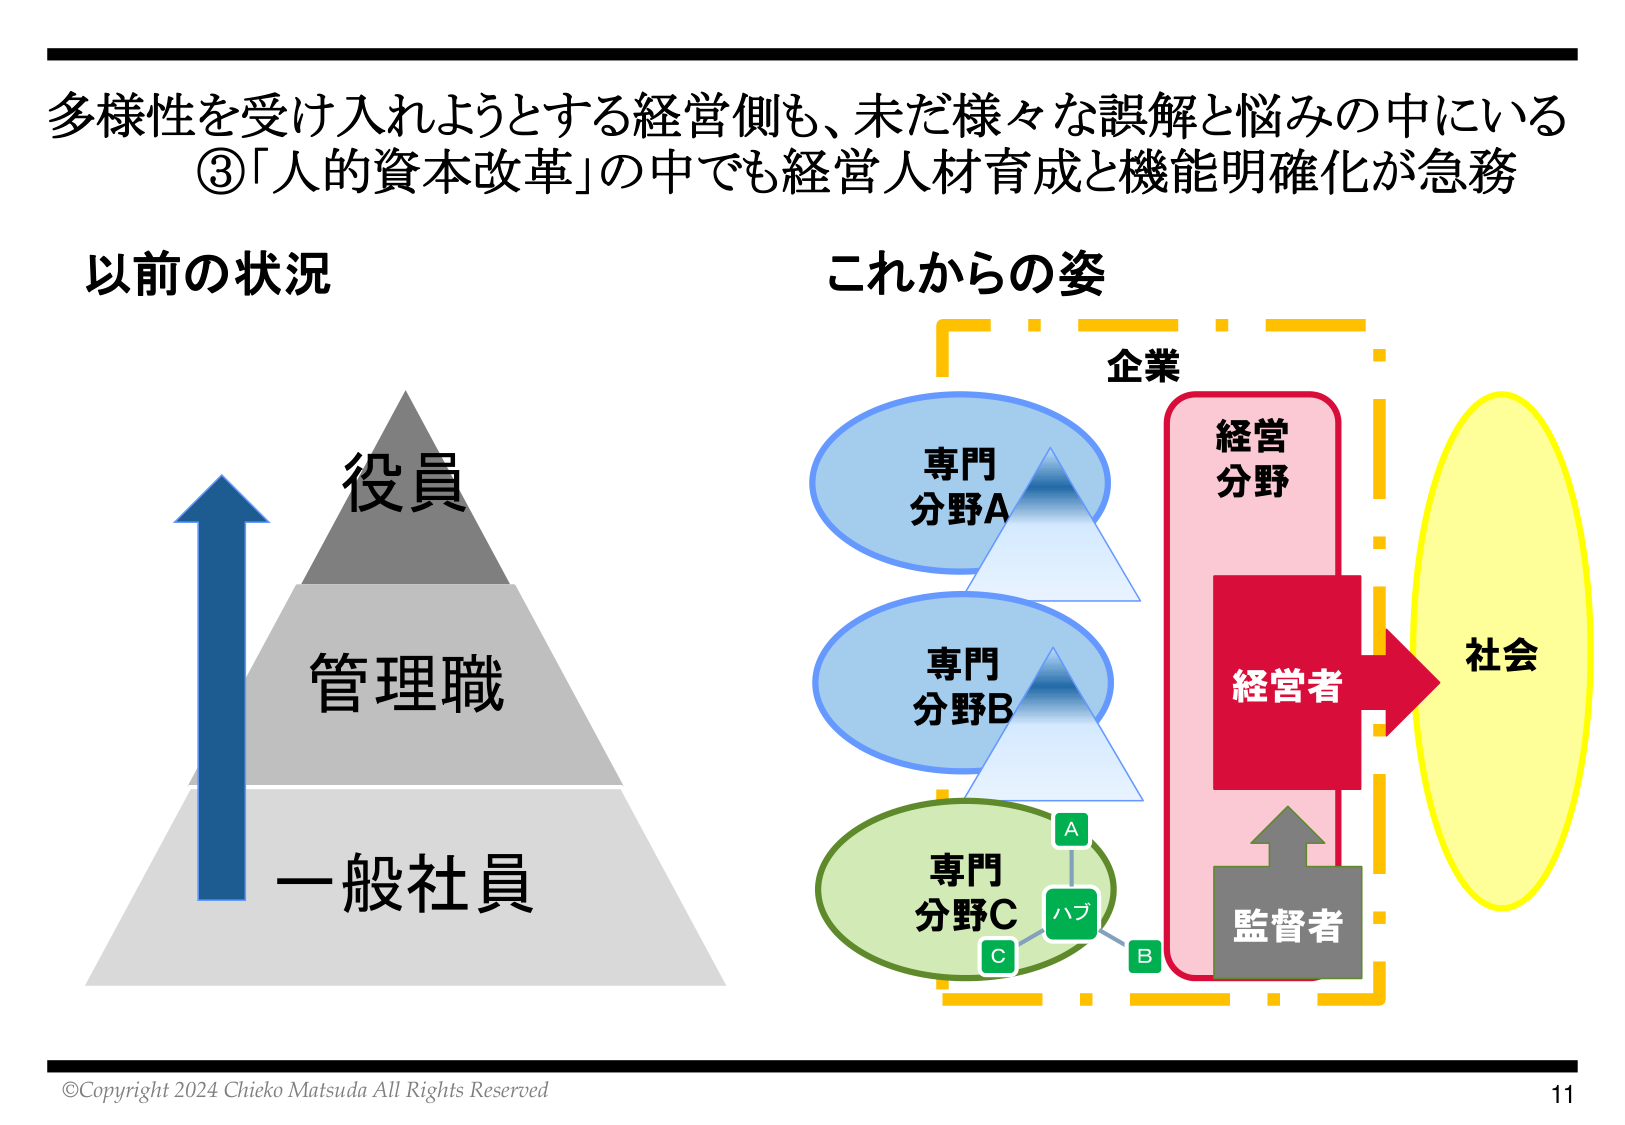
多様性を受け入れようとする経営側も、未だ様々な誤解と悩みの中にいる
③「人的資本改革」の中でも経営人材育成と機能明確化が急務

以前の状況
役員
管理職
一般社員

これからの姿
企業
専門分野A
専門分野B
専門分野C
A
ハブ
C
B
経営分野
経営者
監督者
社会

©Copyright 2024 Chieko Matsuda All Rights Reserved
11